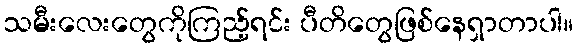
သမီးလေးတွေကိုကြည့်ရင်း ပီတိတွေဖြစ်နေရှာတာပါ။